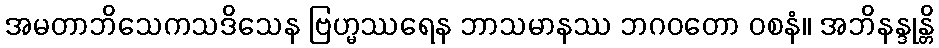
အမတာဘိသေကသဒိသေန ဗြဟ္မဿရေန ဘာသမာနဿ ဘဂဝတော ဝစနံ။ အဘိနန္ဒုန္တိ